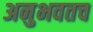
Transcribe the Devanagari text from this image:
अनुभवतच